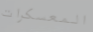
المعسكرات